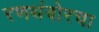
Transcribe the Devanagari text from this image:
रणथंबोरचा